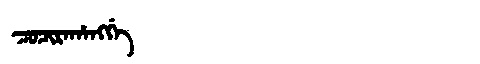
Manchu: ᠴᠣᠴᡳᡵᠠᡥᠠᠩᡤᡝ
Romanization: COCIRAHANGGE